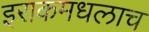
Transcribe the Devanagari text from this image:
इराकमधलाच